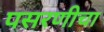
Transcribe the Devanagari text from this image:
पसरणीचा